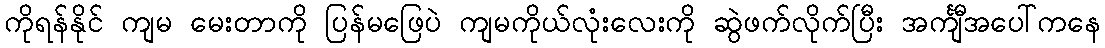
ကိုရန်နိုင် ကျမ မေးတာကို ပြန်မဖြေပဲ ကျမကိုယ်လုံးလေးကို ဆွဲဖက်လိုက်ပြီး အင်္ကျီအပေါ်ကနေ